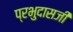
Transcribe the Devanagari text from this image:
प्रभुदासजी